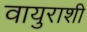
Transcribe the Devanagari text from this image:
वायुराशी